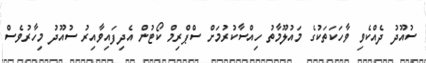
ސުއޫދު ދެއްކެވި ވާހަކަތަކުގެ މައުލޫމާތު ހިއްސާކުރުމަށް ސްޕްރިމް ކޯޓުން އެދިފައިވާއިރު ސުއޫދު މިހާރުވެސް